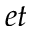
e t